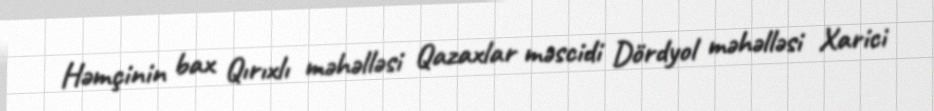
Həmçinin bax Qırıxlı məhəlləsi Qazaxlar məscidi Dördyol məhəlləsi Xarici